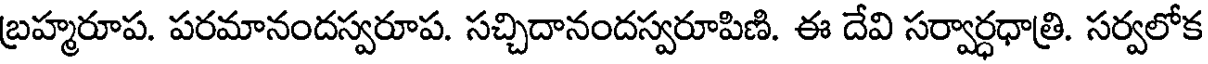
బ్రహ్మరూప. పరమానందస్వరూప. సచ్చిదానందస్వరూపిణి. ఈ దేవి సర్వార్ధధాత్రి. సర్వలోక